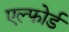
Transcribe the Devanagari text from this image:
एल्फोर्ड